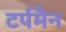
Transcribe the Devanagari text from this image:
टर्पमैन